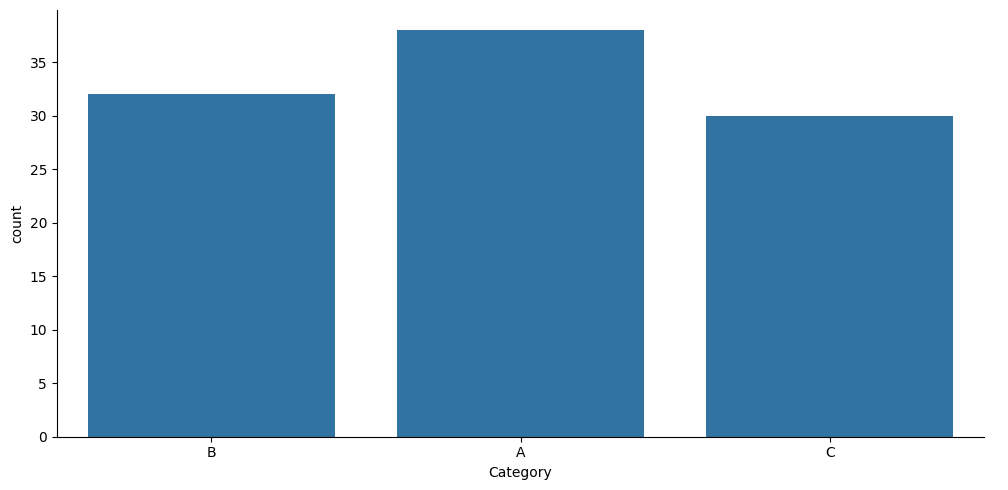
python, seaborn, catplot, kind='count', height=5, aspect=2